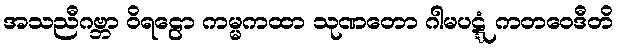
အသညီဂဗ္ဘာ ဝိရဠော ကမ္မကထာ သုဏတော ဂါမပဋ္ဋံ ကတဝေဒီတိ